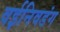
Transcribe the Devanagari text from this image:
वईनिवडंग